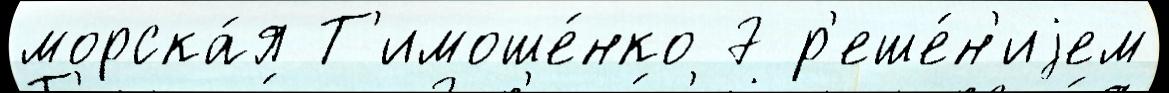
морска́я Т'имоше́нко 7 р'еше́н'иjем